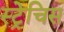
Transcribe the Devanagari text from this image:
स्ट्रेचिस